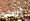
أخصائية